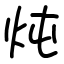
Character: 炖